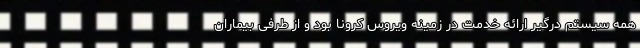
همه سیستم درگیر ارائه خدمت در زمینه ویروس کرونا بود و از طرفی بیماران